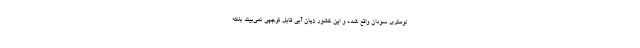
لومتری سودان واقع شده و این کشور زیان آبی قابل توجهی نمی‌بیند بلکه